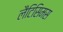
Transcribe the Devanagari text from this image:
लैटिसिमस